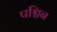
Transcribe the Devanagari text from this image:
पश्चिन